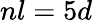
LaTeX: nl=5d